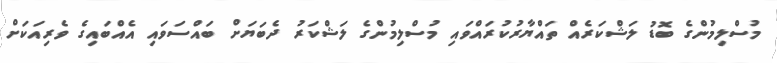
މުސްލިމުންގެ ބޮޑު ލަޝްކަރެއް ތައްޔާރުކުރައްވައި މުސްލިމުންގެ ލަޝްކަރު ދެބަޔަށް ބައްސަވައި އެއްބައިގެ ވެރިއަކަށް